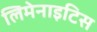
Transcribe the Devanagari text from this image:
लिमेनाइटिस